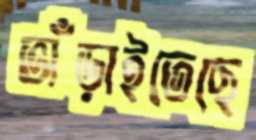
ভাঁড়াইতেছে